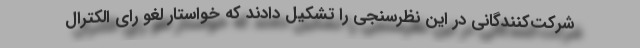
شرکت‌کنندگانی در این نظرسنجی را تشکیل دادند که خواستار لغو رای الکترال